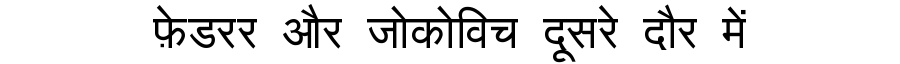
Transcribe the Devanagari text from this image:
फ़ेडरर और जोकोविच दूसरे दौर में